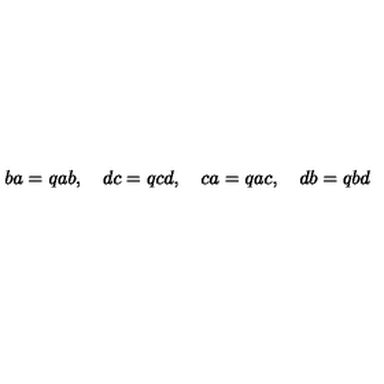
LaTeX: b a = q a b , \quad d c = q c d , \quad c a = q a c , \quad d b = q b d